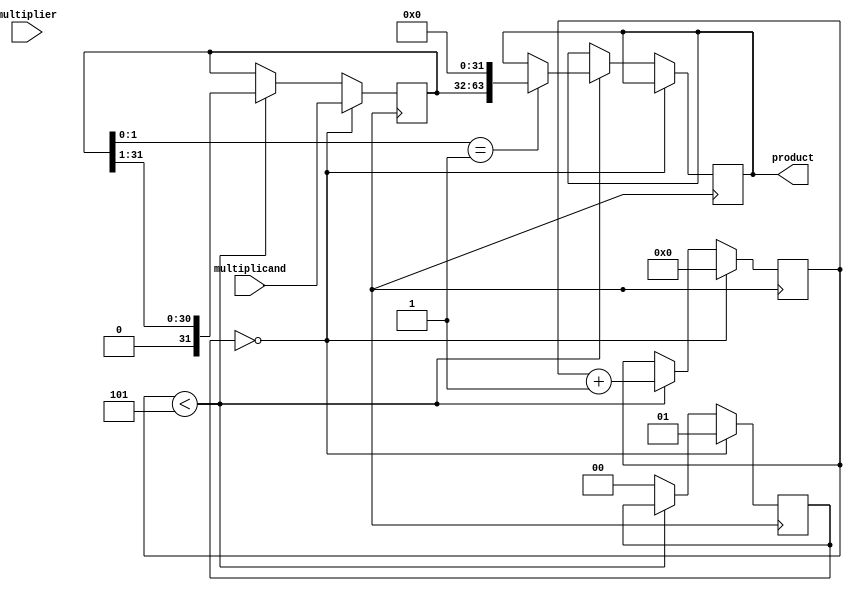
module booth_multiplier(
    input wire [31:0] multiplicand,
    input wire [31:0] multiplier,
    output reg [63:0] product
);

reg [31:0] A;
reg [31:0] S;
reg [4:0] count;
reg regB;
reg [1:0] control;

always @(posedge clock) begin
    if (control == 2'b00) begin
        A <= {32'b0, multiplicand};
        S <= {32'b0, -multiplicand}; 
        regB <= 1'b1;
        count <= 5'b00000;
        control <= 2'b01;
    end
    else begin
        if (count < 5) begin
            if ({A[1:0], 2'b0} == 3'b100) begin
                A <= A + multiplier;
                product <= {A, 32'b0};
            end
            else if ({A[1:0], 2'b0} == 3'b011) begin
                A <= A - multiplier;
                product <= {A, 32'b0};
            end
            else if ({A[1:0], 2'b0} == 3'b010) begin
                A <= A + S;
                product <= {A, 32'b0};
            end
            else if ({A[1:0], 2'b0} == 3'b001) begin
                A <= A - S;
                product <= {A, 32'b0};
            end
            A <= A >> 1;
            count <= count + 1;
        end
        else begin
            control <= 2'b00;
        end
    end
end

endmodule